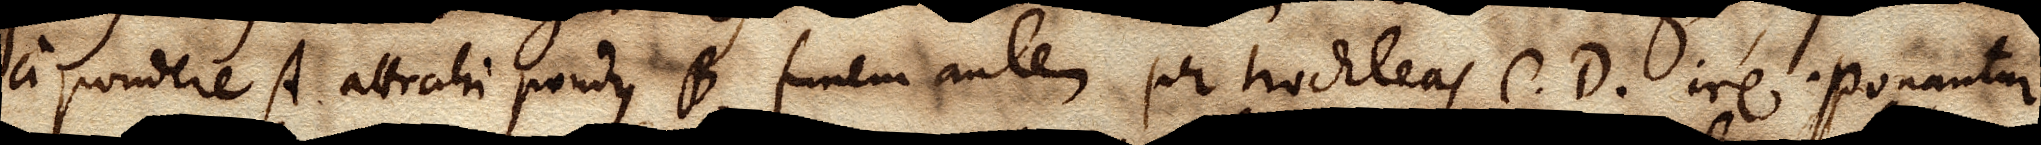
a pondere A attrahi pondus B, funem autem per trochleas C. D. ire. Ponantur